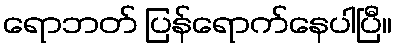
ရောဘတ် ပြန်ရောက်နေပါပြီ။